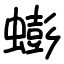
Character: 蟛